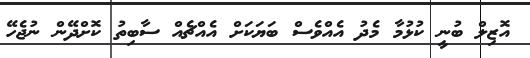
އޮޒިލް ބުނީ ކުޅުމާ މެދު އެއްވެސް ބަޔަކަށް އެއްޗެއް ސާބިތު ކޮށްދޭން ނުޖެހޭ